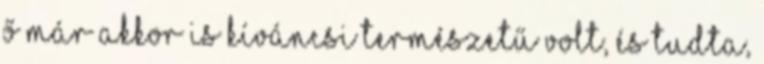
ő már akkor is kíváncsi természetű volt, és tudta,